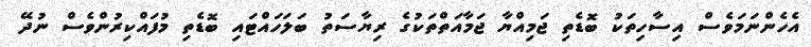
އެހެންނަމަވެސް އިސާހިތަކު ބޮޑެތި ޖަމިއްޔާ ޖަމާއަތްތަކުގެ ރިޔާސަތު ބަލަހައްޓައި ބޮޑެތި މުފައްކިރުންވެސް ނުދޭ